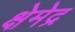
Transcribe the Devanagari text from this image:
क्षेमेद्र